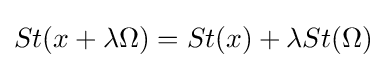
St(x+\lambda \Omega )=St(x)+\lambda St(\Omega )